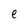
Character: e